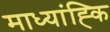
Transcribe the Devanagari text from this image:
माध्यांह्कि